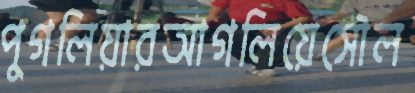
পুগলিয়ারআগলিয়েসৌল